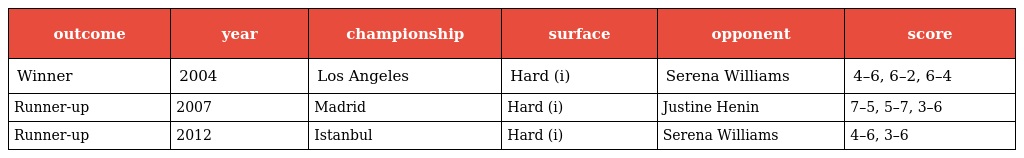
| outcome | year | championship | surface | opponent | score |
 | --- | --- | --- | --- | --- | --- |
 | Winner | 2004 | Los Angeles | Hard (i) | Serena Williams | 4–6, 6–2, 6–4 |
 | Runner-up | 2007 | Madrid | Hard (i) | Justine Henin | 7–5, 5–7, 3–6 |
 | Runner-up | 2012 | Istanbul | Hard (i) | Serena Williams | 4–6, 3–6 |